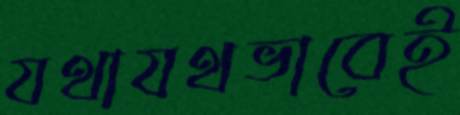
যথাযথভাবেই